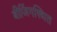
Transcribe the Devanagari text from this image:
बीजिंगस्थित